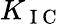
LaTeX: K_{\mathrm{~I~C~}}